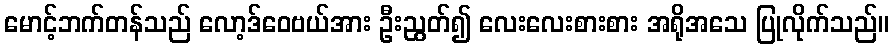
မောင့်ဘက်တန်သည် လော့ဒ်ဝေဗယ်အား ဦးညွတ်၍ လေးလေးစားစား အရိုအသေ ပြုလိုက်သည်။